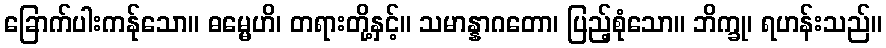
ခြောက်ပါးကန်ုသော။ ဓမ္မေဟိ၊ တရားတို့နှင့်။ သမာန္နာဂတော၊ ပြည့်စုံသော။ ဘိက္ခု၊ ရဟန်းသည်။